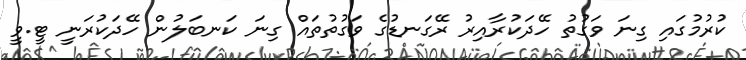
ކުރުމުގައި ގިނަ ވަގުތު ހޭދަކުރާއިރު ރޭގަނޑުގެ ވަގުތުތައް ގިނަ ކަނބަލުން ހޭދަކުރަނީ ޓީ.ވީ